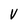
Character: V